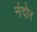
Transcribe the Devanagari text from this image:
नंदोर